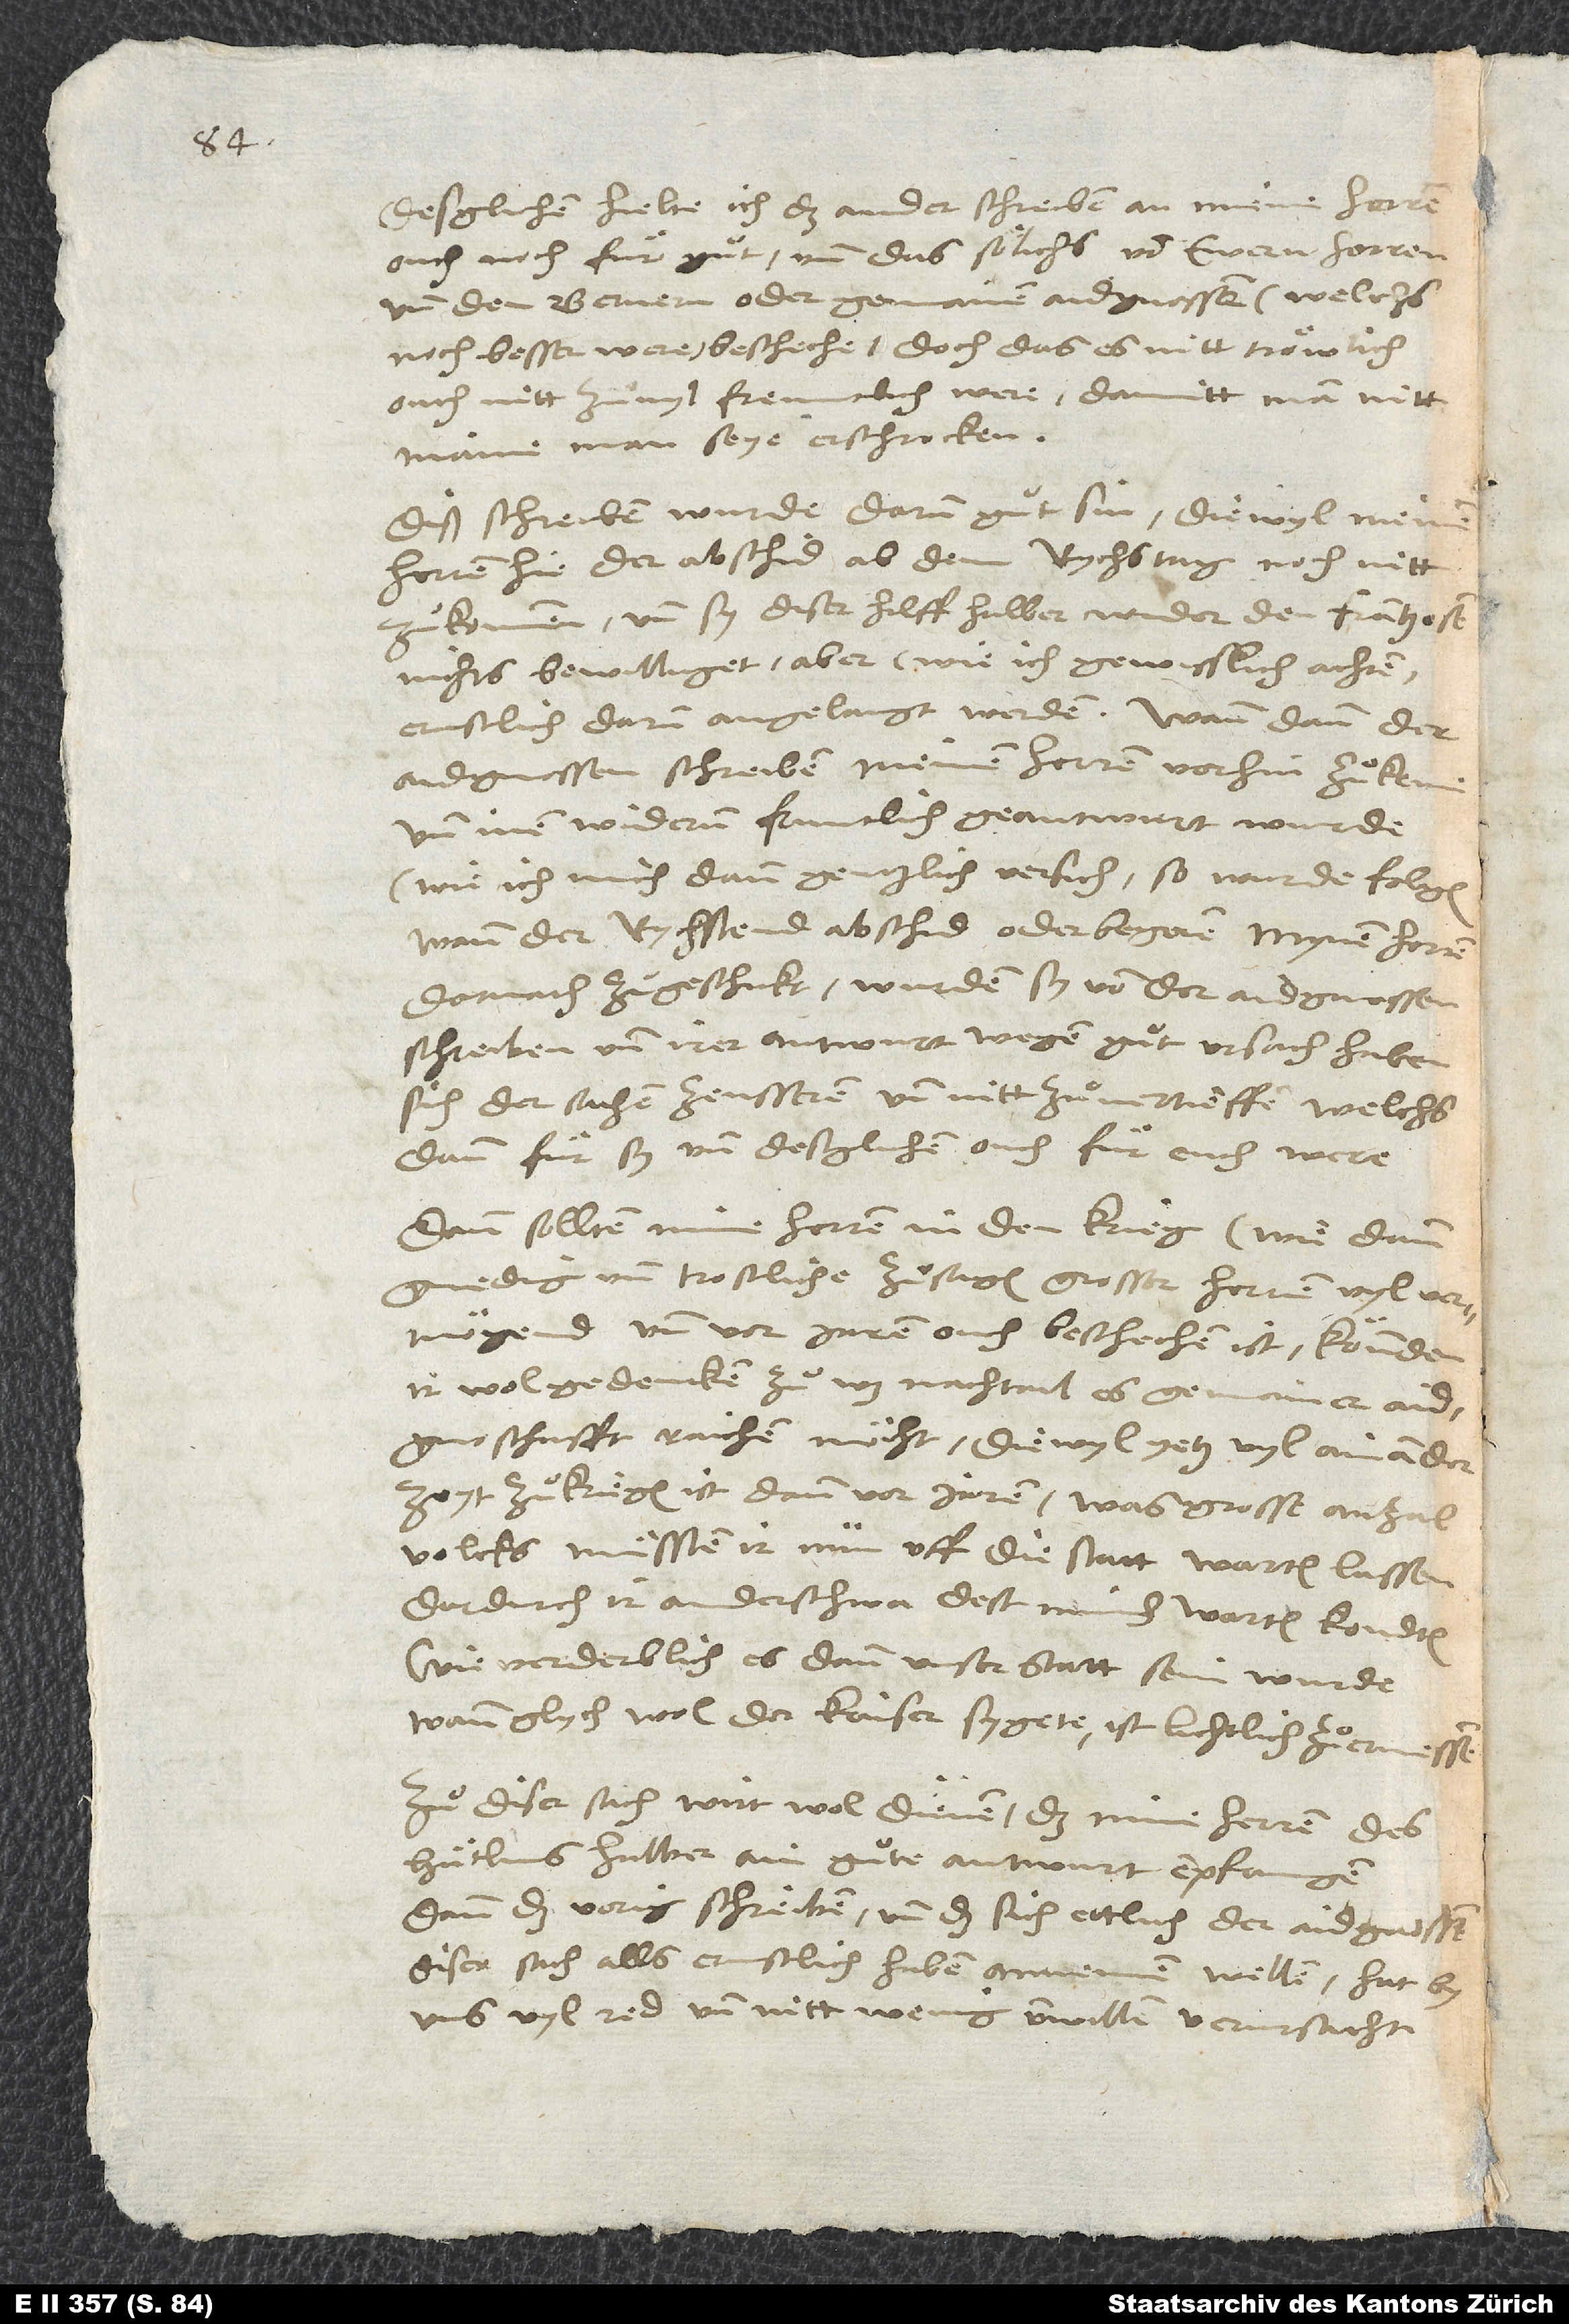
Desglichen hielte ich das ander schreiben an meine herren
ouch noch für guͦt, und das sölichs von ewern herren
und den Bernern oder gemainen aidgnossen (welchs
noch besser were) bescheche, doch das es nitt tröwlich,
ouch nitt zuͦvyl freuntlich were, damitt man nitt
maine, man seye erschrocken.
Diß schreiben wurde darum guͦt sin, diewyl meine
herren hie der abschid ab dem rychstag noch nitt
zuͦkommen und sy diser hilff halber wider den Frantzosen
nichts bewilliget, aber (wie ich gewisslich achten)
aidgnossen schreiben meinen herren vorhin zuͦkem
und inen widerum fruntlich geantwurt wurde
(wie ich mich dann gentzlich versich), so wurde folgen,
wann der rychstend abschid oder begeren mynen herren
darnach zuͦgeschickt, wurden sy von der aidgnossen
schreiben und irer antwurt wegen guͦt ursach haben,
sich der sachen zeusseren und nitt zuͦ vertieffen, welchs
dann für sy und desglichen ouch für euch were.
Dann sollten mine herren in den krieg (wie dann
gnedig und trostliche zuͦsagen grosser herren vyl vermögend
und vor jaren ouch beschechen ist), könnden
ir wol gedencken, zuͦ was nachtail es gemainer
aidgnoschafft raichen möcht, diewyl yetz vyl ain ander
volcks muͤssten ir nun uff die statt warten lassen,
dardurch ir anderschwa dest minder warten kondten.
Wie verderblich es dann unser statt sein wurde,
wann glych wol der kaiser sygete, ist lichtlich zuͦ ermessen.
Zuͦ diser sach wirt wol dienen, das mine herren des
Huͤtlins halber ain guͦte antwurt empfangen;
dann das vorig schreiben, und das sich ettlich der aidgnossen
diser sach alls ernstlich haben annemen wellen, hat by
uns vyl red und nitt wenig unwillen verursacht.